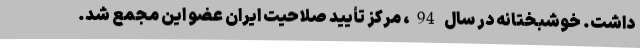
داشت. خوشبختانه در سال 94، مرکز تأیید صلاحیت ایران عضو این مجمع شد.